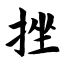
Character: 挫